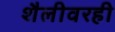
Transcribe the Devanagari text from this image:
शैलीवरही